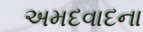
અમદવાદના